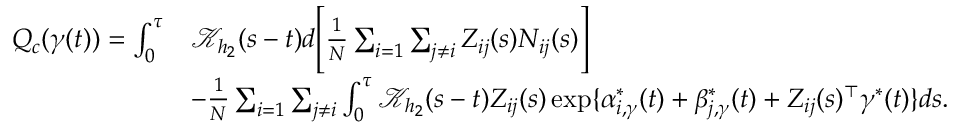
\begin{array} { r l } { Q _ { c } ( \gamma ( t ) ) = \int _ { 0 } ^ { \tau } } & { \mathcal { K } _ { h _ { 2 } } ( s - t ) d \Bigg [ \frac { 1 } { N } \sum _ { i = 1 } \sum _ { j \neq i } Z _ { i j } ( s ) N _ { i j } ( s ) \Bigg ] } \\ & { - \frac { 1 } { N } \sum _ { i = 1 } \sum _ { j \neq i } \int _ { 0 } ^ { \tau } \mathcal { K } _ { h _ { 2 } } ( s - t ) Z _ { i j } ( s ) \exp \{ \alpha _ { i , \gamma } ^ { * } ( t ) + \beta _ { j , \gamma } ^ { * } ( t ) + Z _ { i j } ( s ) ^ { \top } \gamma ^ { * } ( t ) \} d s . } \end{array}